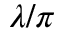
\lambda / \pi